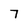
Character: 7